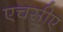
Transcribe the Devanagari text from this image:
एचसीए